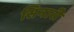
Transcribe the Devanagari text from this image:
सिनारी